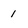
Character: 1